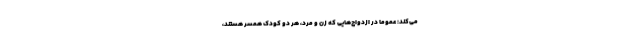
می‌کند: عموماً در ازدواج‌هایی که زن و مرد، هر دو کودک همسر هستند،